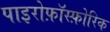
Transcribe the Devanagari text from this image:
पाइरोफ़ॉस्फ़ोरिक